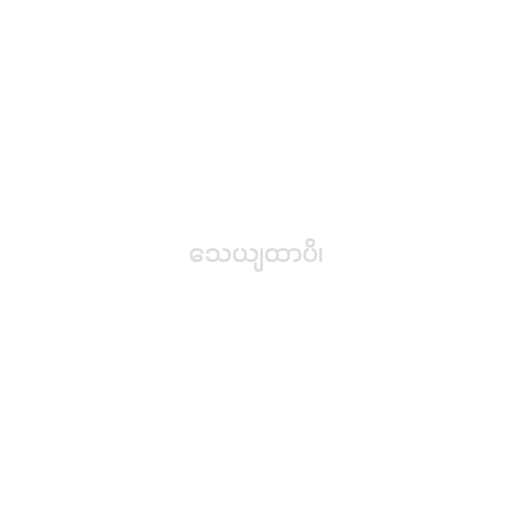
သေယျထာပိ၊